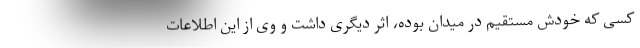
کسی که خودش مستقیم در میدان بوده، اثر دیگری داشت و وی از این اطلاعات